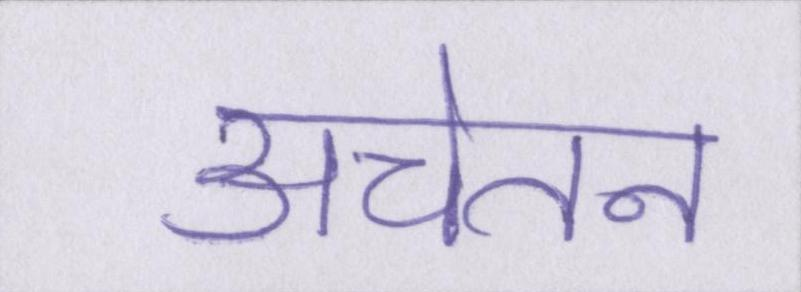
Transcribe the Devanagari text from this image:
अचेतन